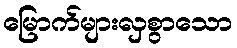
မြောက်များလှစွာသော